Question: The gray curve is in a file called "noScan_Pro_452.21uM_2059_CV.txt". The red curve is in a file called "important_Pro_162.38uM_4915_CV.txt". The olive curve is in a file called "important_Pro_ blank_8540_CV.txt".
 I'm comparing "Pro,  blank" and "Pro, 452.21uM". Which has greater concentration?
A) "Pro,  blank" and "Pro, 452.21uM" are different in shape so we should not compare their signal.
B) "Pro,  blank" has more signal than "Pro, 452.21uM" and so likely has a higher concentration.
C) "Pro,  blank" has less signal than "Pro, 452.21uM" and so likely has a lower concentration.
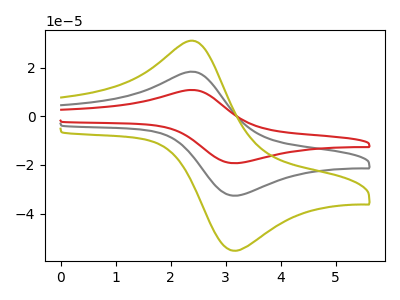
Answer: <think>The gray curve "Pro, 452.21uM" has an anodic peak at (2.45V, 18.15uA) and a cathodic peak at (3.20V, -32.65uA). The red curve "Pro, 162.38uM" has an anodic peak at (2.45V, 36.35uA) and a cathodic peak at (3.20V, -65.25uA). The olive curve "Pro,  blank" has an anodic peak at (2.45V, 30.75uA) and a cathodic peak at (3.20V, -55.25uA).
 All the peaks in "Pro,  blank" have a peak in "Pro, 452.21uM" at the same potential. Every peak in "Pro,  blank" is higher than every peak in "Pro, 452.21uM".</think>
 <answer>B) "Pro,  blank" has more signal than "Pro, 452.21uM" and so likely has a higher concentration.</answer>
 <eval>B</eval>